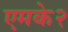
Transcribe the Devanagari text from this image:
एमके२